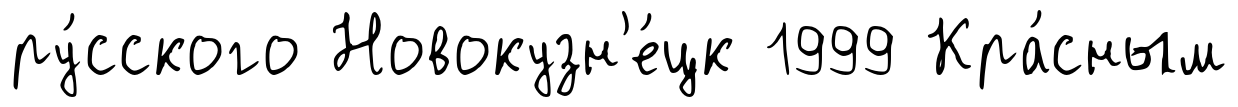
ру́сского Новокузн'е́цк 1999 Кра́сным